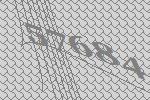
57684